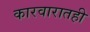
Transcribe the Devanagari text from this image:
कारवारातही